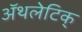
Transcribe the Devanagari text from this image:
अॅथलेटिक्